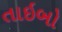
તાઇબો